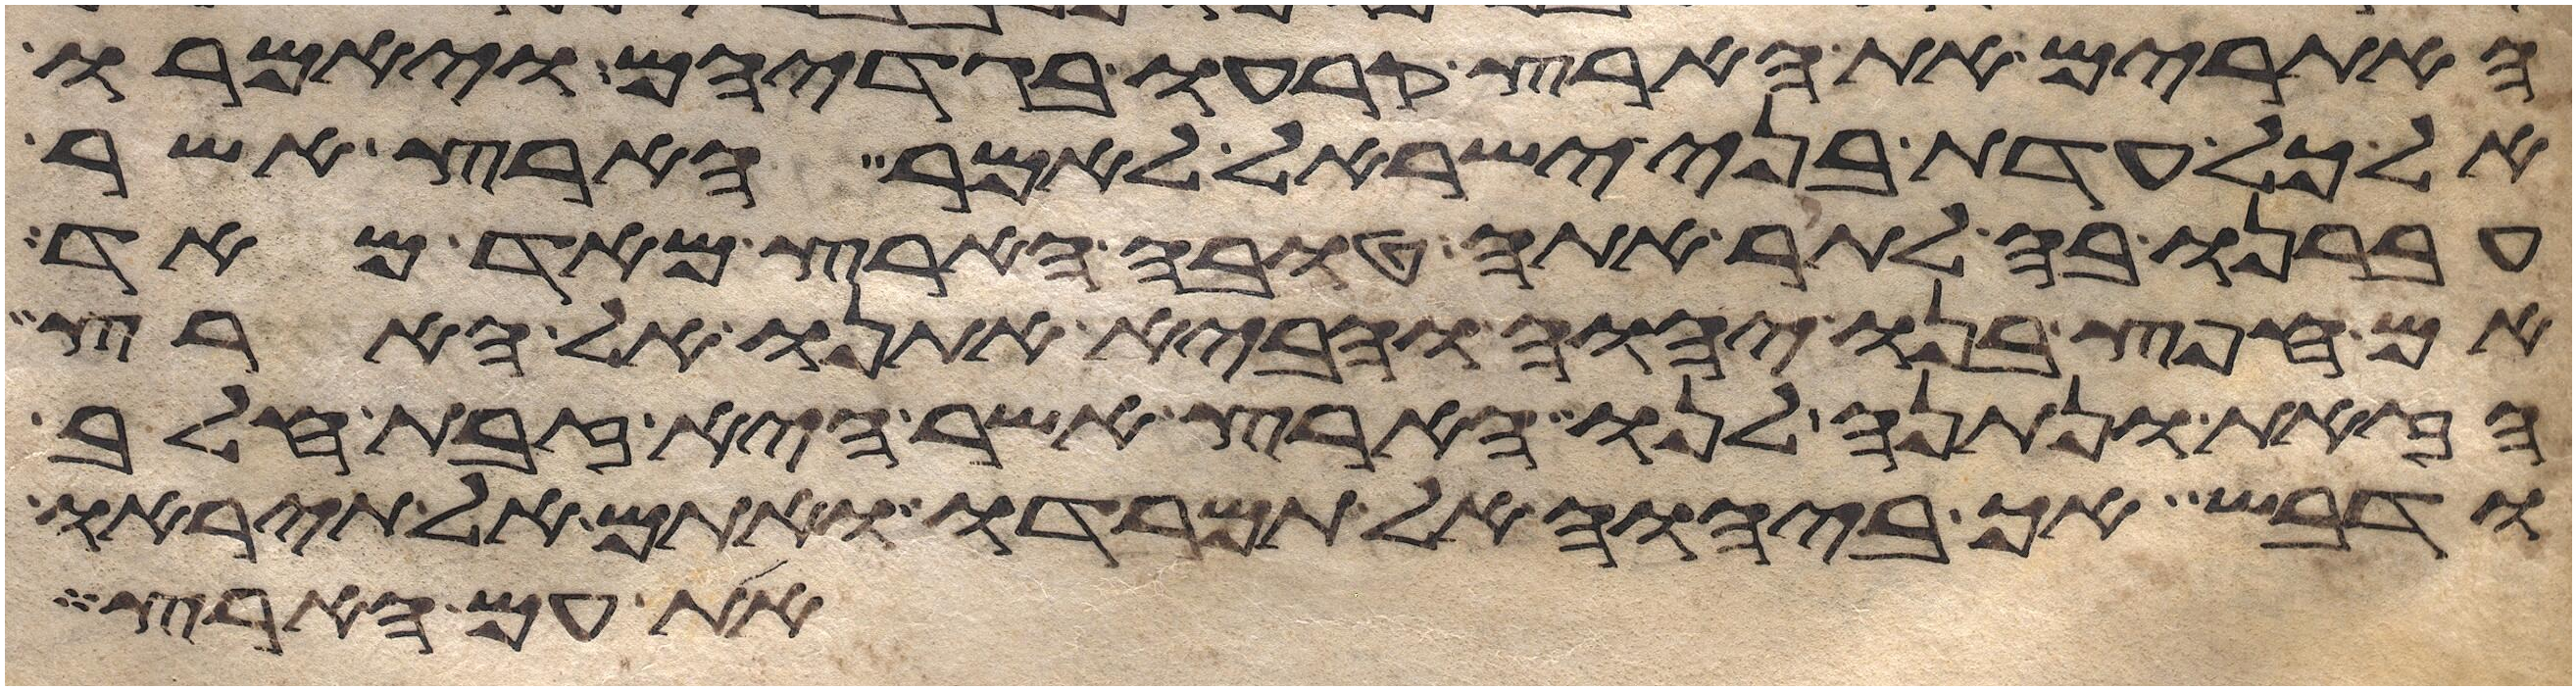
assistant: האתורים את הארץ קרעו בגדיהם ויאמרו
אל כל עדת בני ישראל לאמר הארץ אשר
עברנו בה לתור אתה טובה הארץ מאד מאד
אם חפץ בנו יהוה והביא אתנו אל הארץ
הזאת ונתנה לנו ארץ אשר היא זבת חלב
ודבש אך ביהוה אל תמרדו ואתם אל תיראו
את עם הארץ